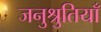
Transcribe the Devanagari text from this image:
जनुश्रुतियाँ